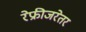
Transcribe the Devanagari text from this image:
रेफ्रीजरेतर